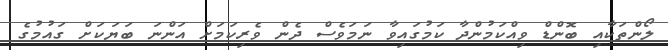
ލޯންތަކާއި ބޮންޑް ވިއްކަމުންދާ ކަމުގައިވާ ނަމަވެސް ދެން ވެރިކަމަށް އަންނަ ބަޔަކަށް ގައުމުގެ